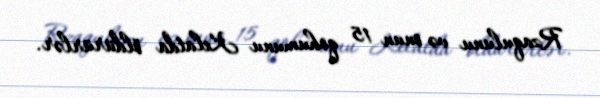
Rzaqulunu və onun 15 qohumunu Kelatda öldürürlər.